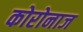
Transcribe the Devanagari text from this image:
कोरोनाज